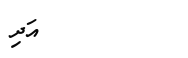
އަދި